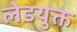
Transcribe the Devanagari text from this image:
लेडयुक्त